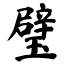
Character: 璧